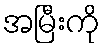
အမြီးကို